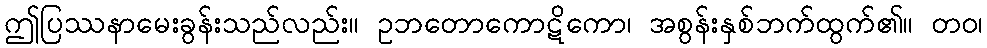
ဤပြဿနာမေးခွန်းသည်လည်း။ ဥဘတောကောဋိကော၊ အစွန်းနှစ်ဘက်ထွက်၏။ တဝ၊